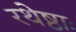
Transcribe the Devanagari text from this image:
रथेष्ठाः